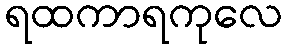
ရထကာရကုလေ